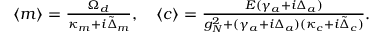
\begin{array} { r } { \langle m \rangle = \frac { \Omega _ { d } } { \kappa _ { m } + i \tilde { \Delta } _ { m } } , \, \, \, \, \, \, \langle c \rangle = \frac { E ( \gamma _ { a } + i \Delta _ { a } ) } { g _ { N } ^ { 2 } + ( \gamma _ { a } + i \Delta _ { a } ) ( \kappa _ { c } + i \tilde { \Delta } _ { c } ) } . } \end{array}